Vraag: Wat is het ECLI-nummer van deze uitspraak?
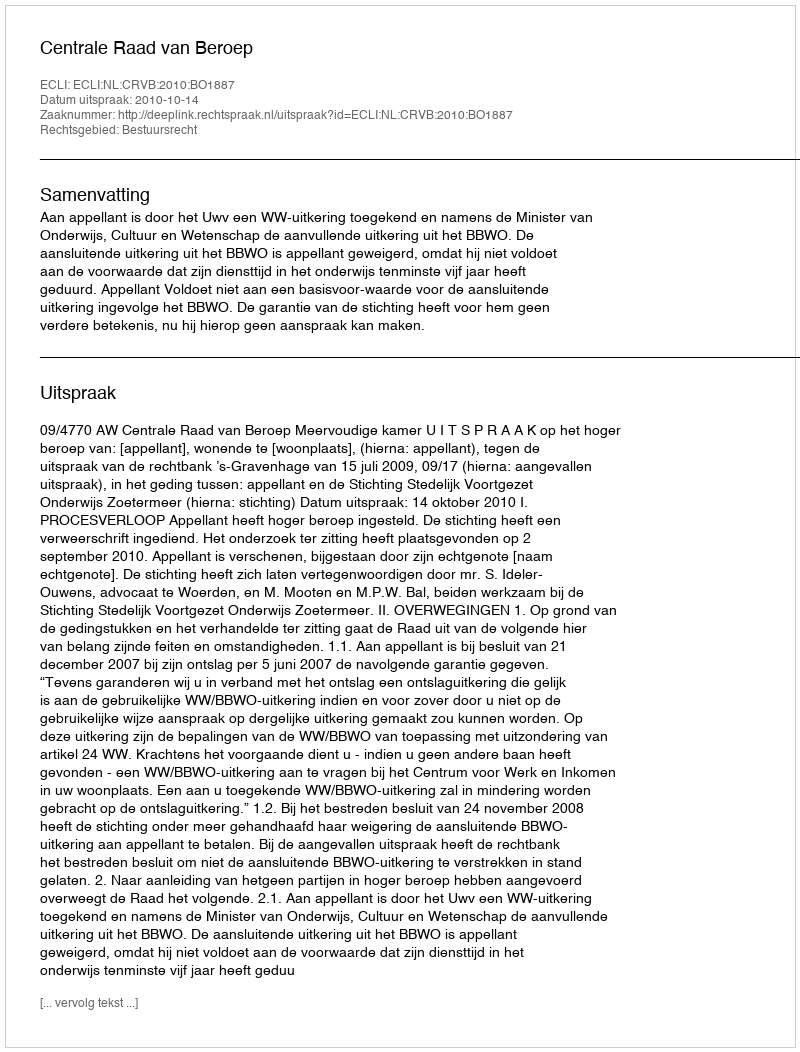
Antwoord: ECLI:NL:CRVB:2010:BO1887